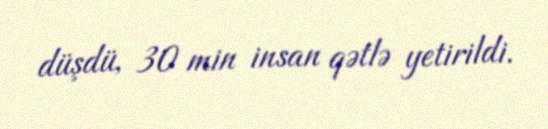
düşdü, 30 min insan qətlə yetirildi.